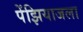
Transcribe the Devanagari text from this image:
पेंझियाजला